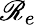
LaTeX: \mathscr{R}_{e}